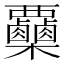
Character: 𣡷